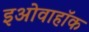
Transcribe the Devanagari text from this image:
इओवाहॉक